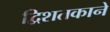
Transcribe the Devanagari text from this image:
द्विशतकाने